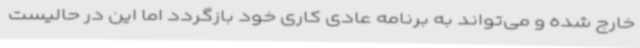
خارج شده و می‌تواند به برنامه عادی کاری خود بازگردد اما این در حالیست